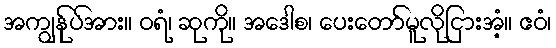
အကျွန်ုပ်အား။ ဝရံ၊ ဆုကို။ အဒေါစ၊ ပေးတော်မူလိုငြားအံ့။ ဧဝံ၊